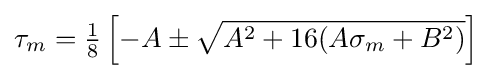
\tau _{m}={\tfrac {1}{8}}\left[-A\pm {\sqrt {A^{2}+16(A\sigma _{m}+B^{2})}}\right]